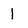
Character: 1